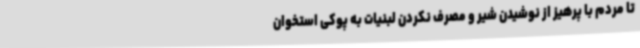
تا مردم با پرهیز از نوشیدن شیر و مصرف نکردن لبنیات به پوکی استخوان